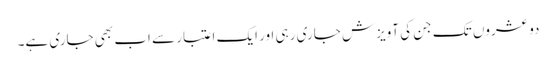
دو عشروں تک جن کی آویزش جاری رہی اور ایک اعتبار سے اب بھی جاری ہے۔